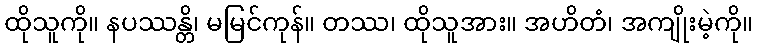
ထိုသူကို။ နပဿန္တိ၊ မမြင်ကုန်။ တဿ၊ ထိုသူအား။ အဟိတံ၊ အကျိုးမဲ့ကို။